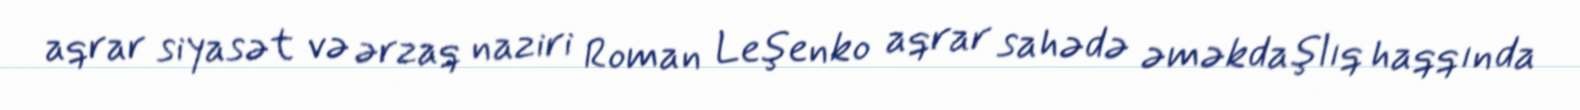
aqrar siyasət və ərzaq naziri Roman Leşenko aqrar sahədə əməkdaşlıq haqqında